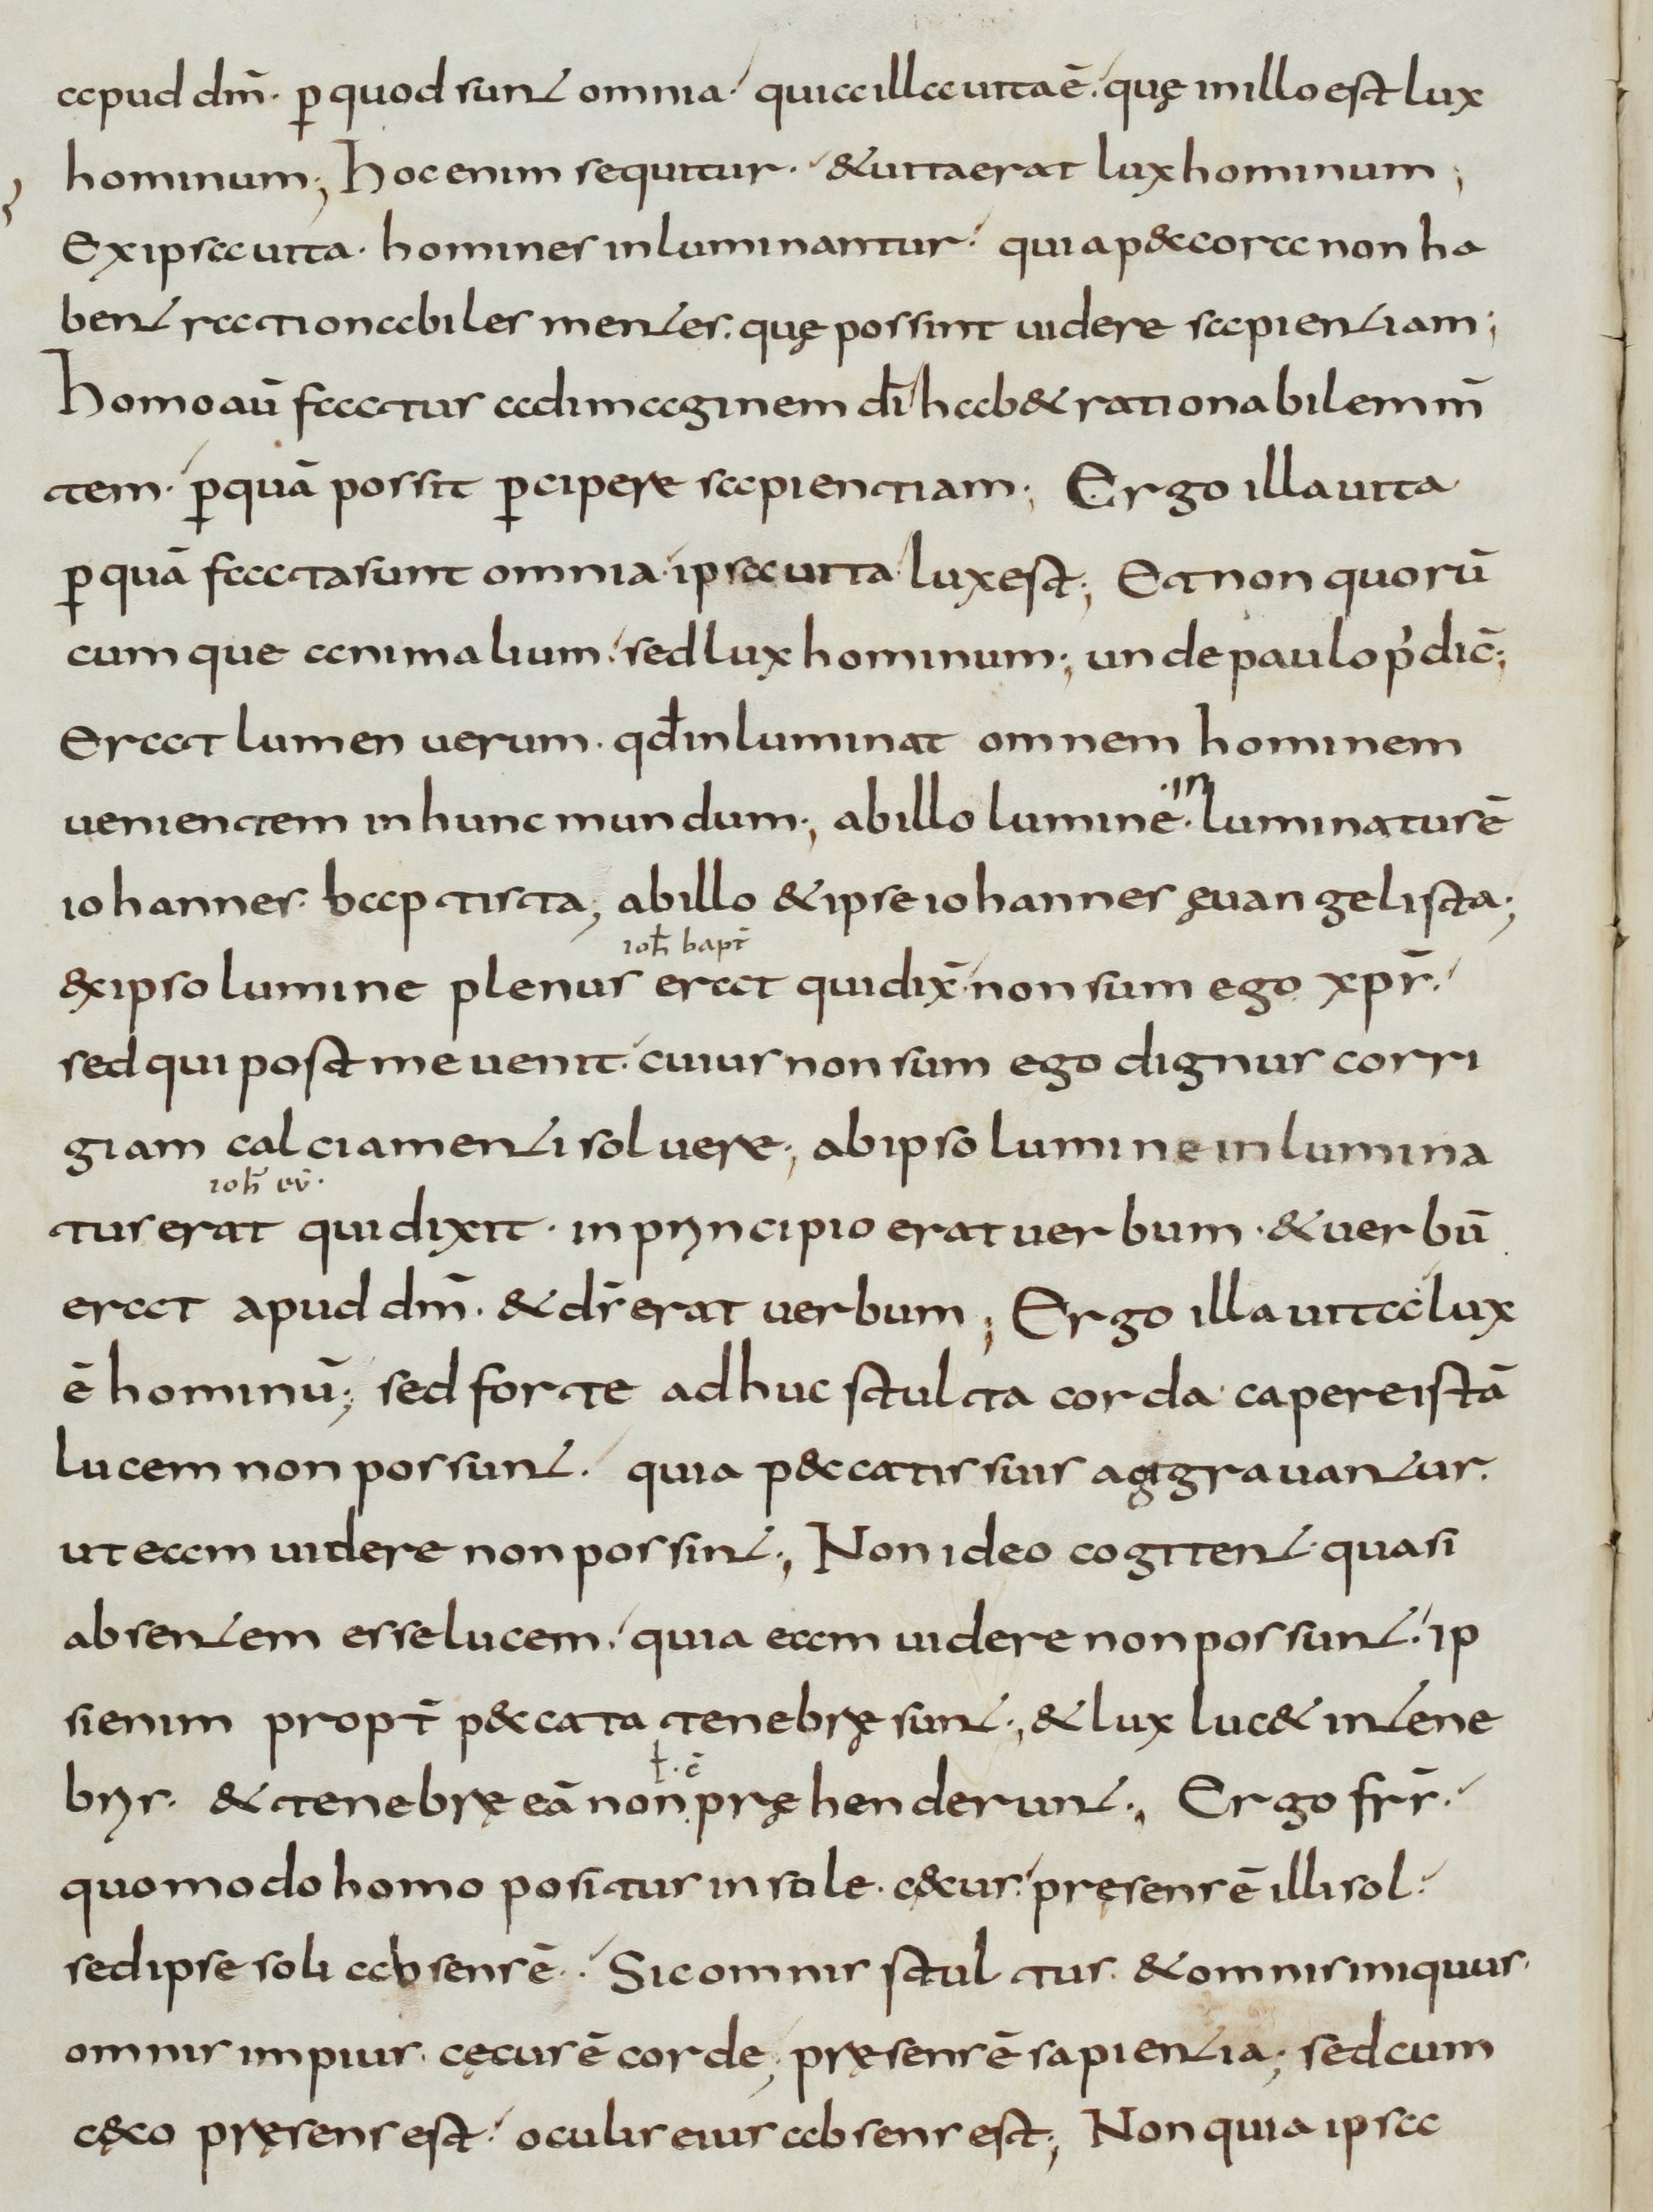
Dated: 800–899